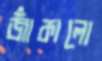
জাঁকালো